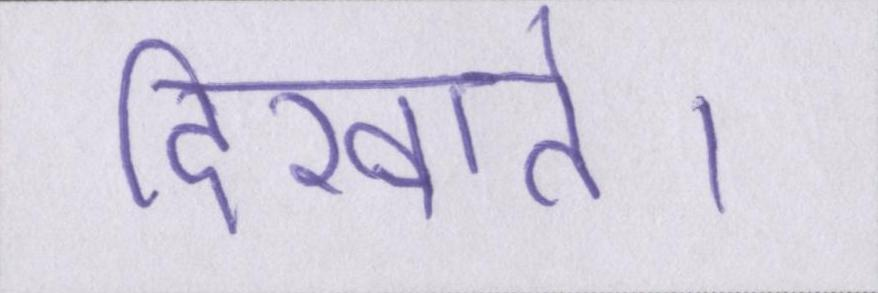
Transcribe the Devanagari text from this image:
दिखाते।